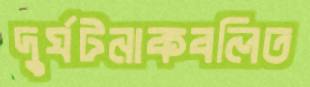
দুর্ঘটনাকবলিত